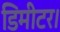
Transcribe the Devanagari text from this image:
डिमीटर।